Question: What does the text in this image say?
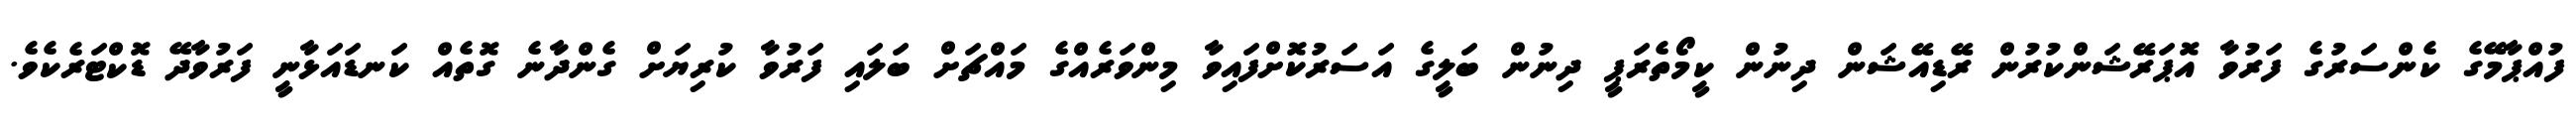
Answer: ފުއްޕާމޭގެ ކެންސަރުގެ ފަރުވާ އޮޕަރޭޝަންކުރުން ރޭޑިއޭޝަން ދިނުން ކީމޯތެރަޕީ ދިނުން ބަލީގެ އަސަރުކޮށްފައިވާ މިންވަރެއްގެ މައްޗަށް ބަލައި ފަރުވާ ކުރިޔަށް ގެންދާނެ ގޮތެއް ކަނޑައަޅާނީ ފަރުވާދޭ ޑޮކްޓަރެކެވެ.